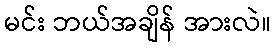
မင်း ဘယ်အချိန် အားလဲ။